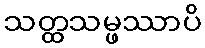
သတ္ထသမ္ဖဿာပိ